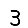
Digit: 3